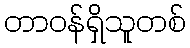
တာဝန်ရှိသူတစ်